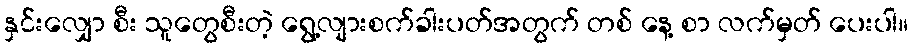
နှင်းလျှော စီး သူတွေစီးတဲ့ ရွေ့လျားစက်ခါးပတ်အတွက် တစ် နေ့ စာ လက်မှတ် ပေးပါ။